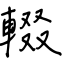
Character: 輟